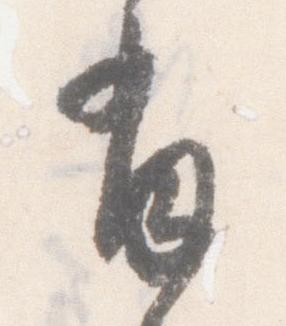
肖